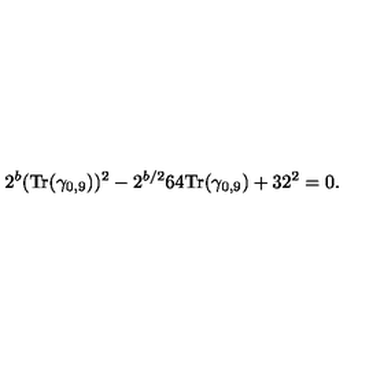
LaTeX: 2 ^ { b } ( { \mathrm { T r } } ( \gamma _ { 0 , 9 } ) ) ^ { 2 } - 2 ^ { b / 2 } 6 4 { \mathrm { T r } } ( \gamma _ { 0 , 9 } ) + 3 2 ^ { 2 } = 0 .